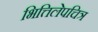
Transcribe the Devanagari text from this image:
भित्तिलेपचित्र